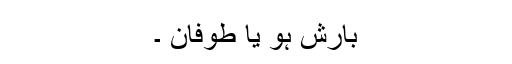
بارش ہو یا طوفان ۔